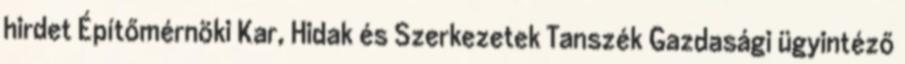
hirdet Építőmérnöki Kar, Hidak és Szerkezetek Tanszék Gazdasági ügyintéző